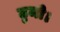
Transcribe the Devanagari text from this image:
टुमो।